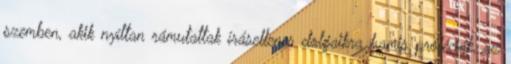
szemben, akik nyíltan rámutattak írásellenes dolgaikra hamis próféciák, az